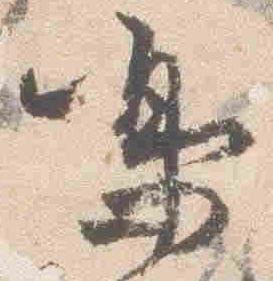
鳴